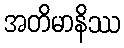
အတိမာနိဿ